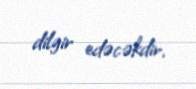
dilgir edəcəkdir.